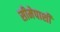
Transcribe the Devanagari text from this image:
सीमेपाशी